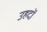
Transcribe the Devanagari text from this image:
उहदों